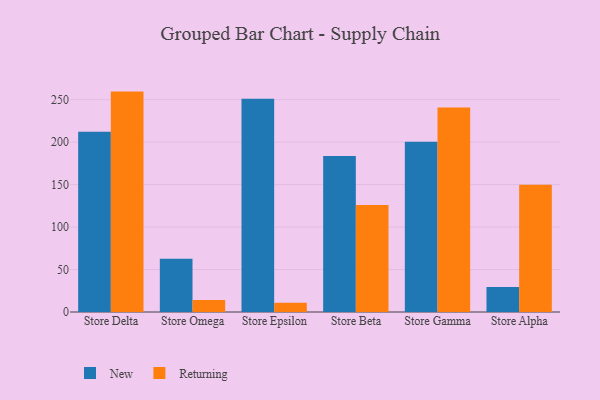
{"axis": {"x": "Store", "y": "Inventory Turnover"}, "legend": ["New", "Returning"], "data": [{"x": "Store Delta", "y": 212.2, "type": "New"}, {"x": "Store Delta", "y": 259.5, "type": "Returning"}, {"x": "Store Omega", "y": 62.7, "type": "New"}, {"x": "Store Omega", "y": 14.2, "type": "Returning"}, {"x": "Store Epsilon", "y": 251.1, "type": "New"}, {"x": "Store Epsilon", "y": 11.0, "type": "Returning"}, {"x": "Store Beta", "y": 183.7, "type": "New"}, {"x": "Store Beta", "y": 125.9, "type": "Returning"}, {"x": "Store Gamma", "y": 200.6, "type": "New"}, {"x": "Store Gamma", "y": 240.7, "type": "Returning"}, {"x": "Store Alpha", "y": 29.3, "type": "New"}, {"x": "Store Alpha", "y": 149.8, "type": "Returning"}]}